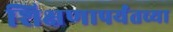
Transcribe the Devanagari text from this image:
शिक्षणापर्यंतच्या